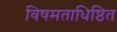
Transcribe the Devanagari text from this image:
विषमताधिष्ठित